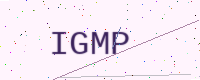
Text: IGMP